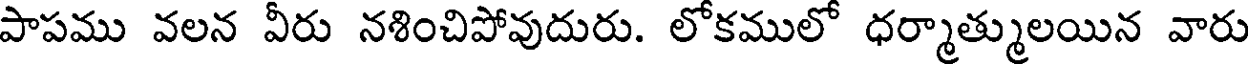
పాపము వలన వీరు నశించిపోవుదురు. లోకములో ధర్మాత్ములయిన వారు